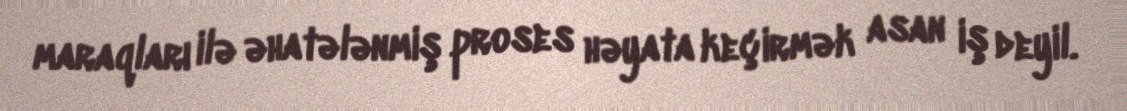
maraqları ilə əhatələnmiş proses həyata keçirmək asan iş deyil.